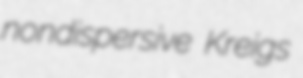
nondispersive Kreigs